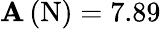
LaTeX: \mathbf{A}\left(\mathrm{{N}}\right){}=7.89